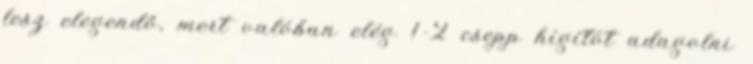
lesz elegendő, mert valóban elég 1-2 csepp hígítót adagolni